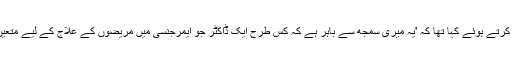
چند دن قبل ہونے والے واقعے کے بعد شرمین عبید نے پوسٹ میں اپنے غصے کا اظہار کرتے ہوئے کہا تھا کہ 'یہ میری سمجھ سے باہر ہے کہ کس طرح ایک ڈاکٹر جو ایمرجنسی میں مریضوں کے علاج کے لیے متعین ہے وہ ان کی تفصیلات لینے کے بعد انھیں فیس بک پر فرینڈز ریکوسٹ بھیج سکتا ہے۔